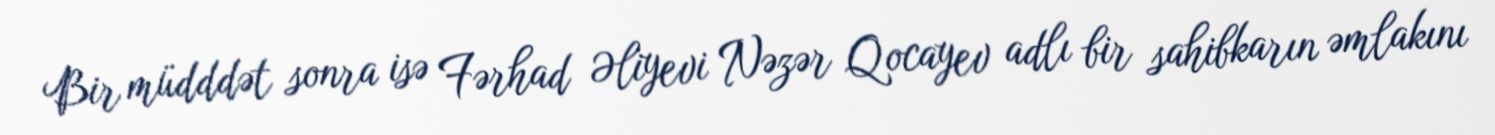
Bir müdddət sonra isə Fərhad Əliyevi Nəzər Qocayev adlı bir sahibkarın əmlakını